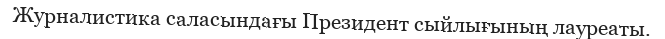
Журналистика саласындағы Президент сыйлығының лауреаты.